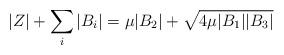
LaTeX: \begin{align*}|Z|+\sum_{i} |B_{i}|= \mu|B_{2}| + \sqrt{4\mu|B_{1}||B_{3}|}\end{align*}